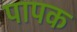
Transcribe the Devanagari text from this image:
पापक